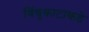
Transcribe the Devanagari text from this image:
विंचूकाटाकडे